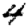
Digit: 4